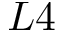
L 4